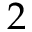
2